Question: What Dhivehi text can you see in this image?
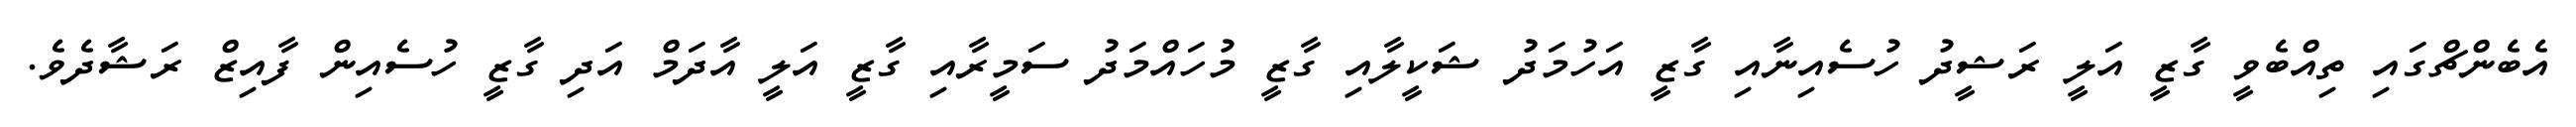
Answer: އެބެންޗްގައި ތިއްބެވީ ގާޒީ އަލީ ރަޝީދު ހުސެއިނާއި ގާޒީ އަހުމަދު ޝަކީލާއި ގާޒީ މުހައްމަދު ސަމީރާއި ގާޒީ އަލީ އާދަމް އަދި ގާޒީ ހުސެއިން ފާއިޒް ރަޝާދެވެ.